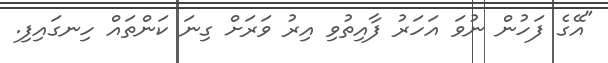
"އޭގެ ފަހުން ނުވަ އަހަރު ފާއިތުވި އިރު ވަަރަށް ގިނަ ކަންތައް ހިނގައިފި.